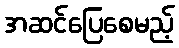
အဆင်ပြေစေမည့်